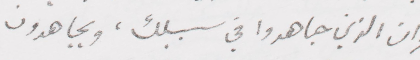
وان الذين جاهدوا في سبيلك، ويجاهدون.